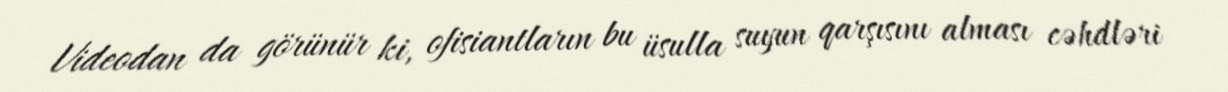
Videodan da görünür ki, ofisiantların bu üsulla suyun qarşısını alması cəhdləri